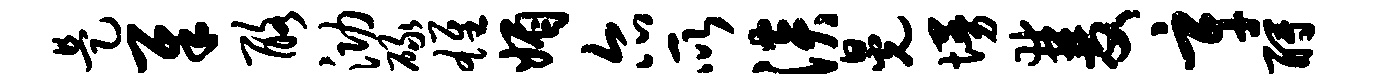
是犀酪泐碌雄媚尔所淡晃墁双辛酹